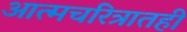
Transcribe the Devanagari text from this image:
आत्मचरित्रातही